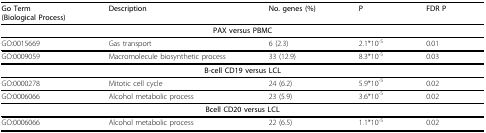
| Go Term(Biological Process) | Description | No. genes (%) | P | FDR P |
 | --- | --- | --- | --- | --- |
 | <COLSPAN=5> PAX versus PBMC |
 | GO:0015669 | Gas transport | 6 (2.3) | 2.1*10-5 | 0.01 |
 | GO:0009059 | Macromolecule biosynthetic process | 33 (12.9) | 8.3*10-5 | 0.03 |
 | <COLSPAN=5> B-cell CD19 versus LCL |
 | GO:0000278 | Mitotic cell cycle | 24 (6.2) | 5.9*10-5 | 0.02 |
 | GO:0006066 | Alcohol metabolic process | 23 (5.9) | 3.6*10-5 | 0.02 |
 | <COLSPAN=5> Bcell CD20 versus LCL |
 | GO:0006066 | Alcohol metabolic process | 22 (6.5) | 1.1*10-5 | 0.02 |